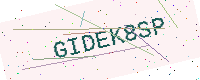
Text: GIDEK8SP